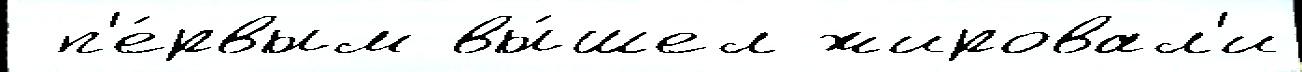
 п'е́рвым вы́шел жировал'и